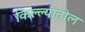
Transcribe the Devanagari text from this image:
किल्ल्यांतील